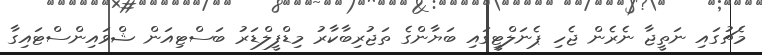
މެޗުގައި ނަތީޖާ ނެރެން ޖެހި ޕެނަލްޓީގައި ބަޔާންގެ ތަޖުރިބާކާރު މިޑްފީލްޑަރު ބަސްޓިއަން ޝްވައިންސްޓައިގާ